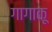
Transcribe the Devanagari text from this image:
गागाकू